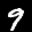
Label: 9